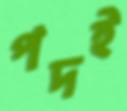
পদই